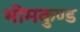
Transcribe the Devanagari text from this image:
भीमकुण्ड